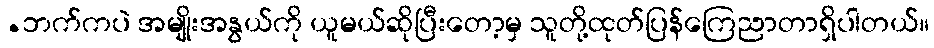
.ဘက်ကပဲ အမျိုးအနွယ်ကို ယူမယ်ဆိုပြီးတော့မှ သူတို့ထုတ်ပြန်ကြေညာတာရှိပါတယ်။